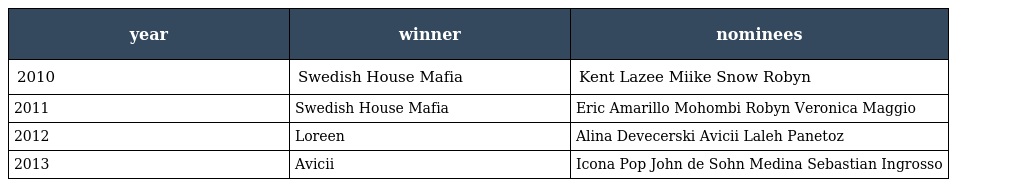
| year | winner | nominees |
 | --- | --- | --- |
 | 2010 | Swedish House Mafia | Kent Lazee Miike Snow Robyn |
 | 2011 | Swedish House Mafia | Eric Amarillo Mohombi Robyn Veronica Maggio |
 | 2012 | Loreen | Alina Devecerski Avicii Laleh Panetoz |
 | 2013 | Avicii | Icona Pop John de Sohn Medina Sebastian Ingrosso |